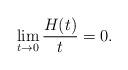
LaTeX: \begin{align*}\lim_{t\to 0}\frac{H(t)}{t}=0.\end{align*}